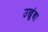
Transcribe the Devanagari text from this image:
उखुंबा